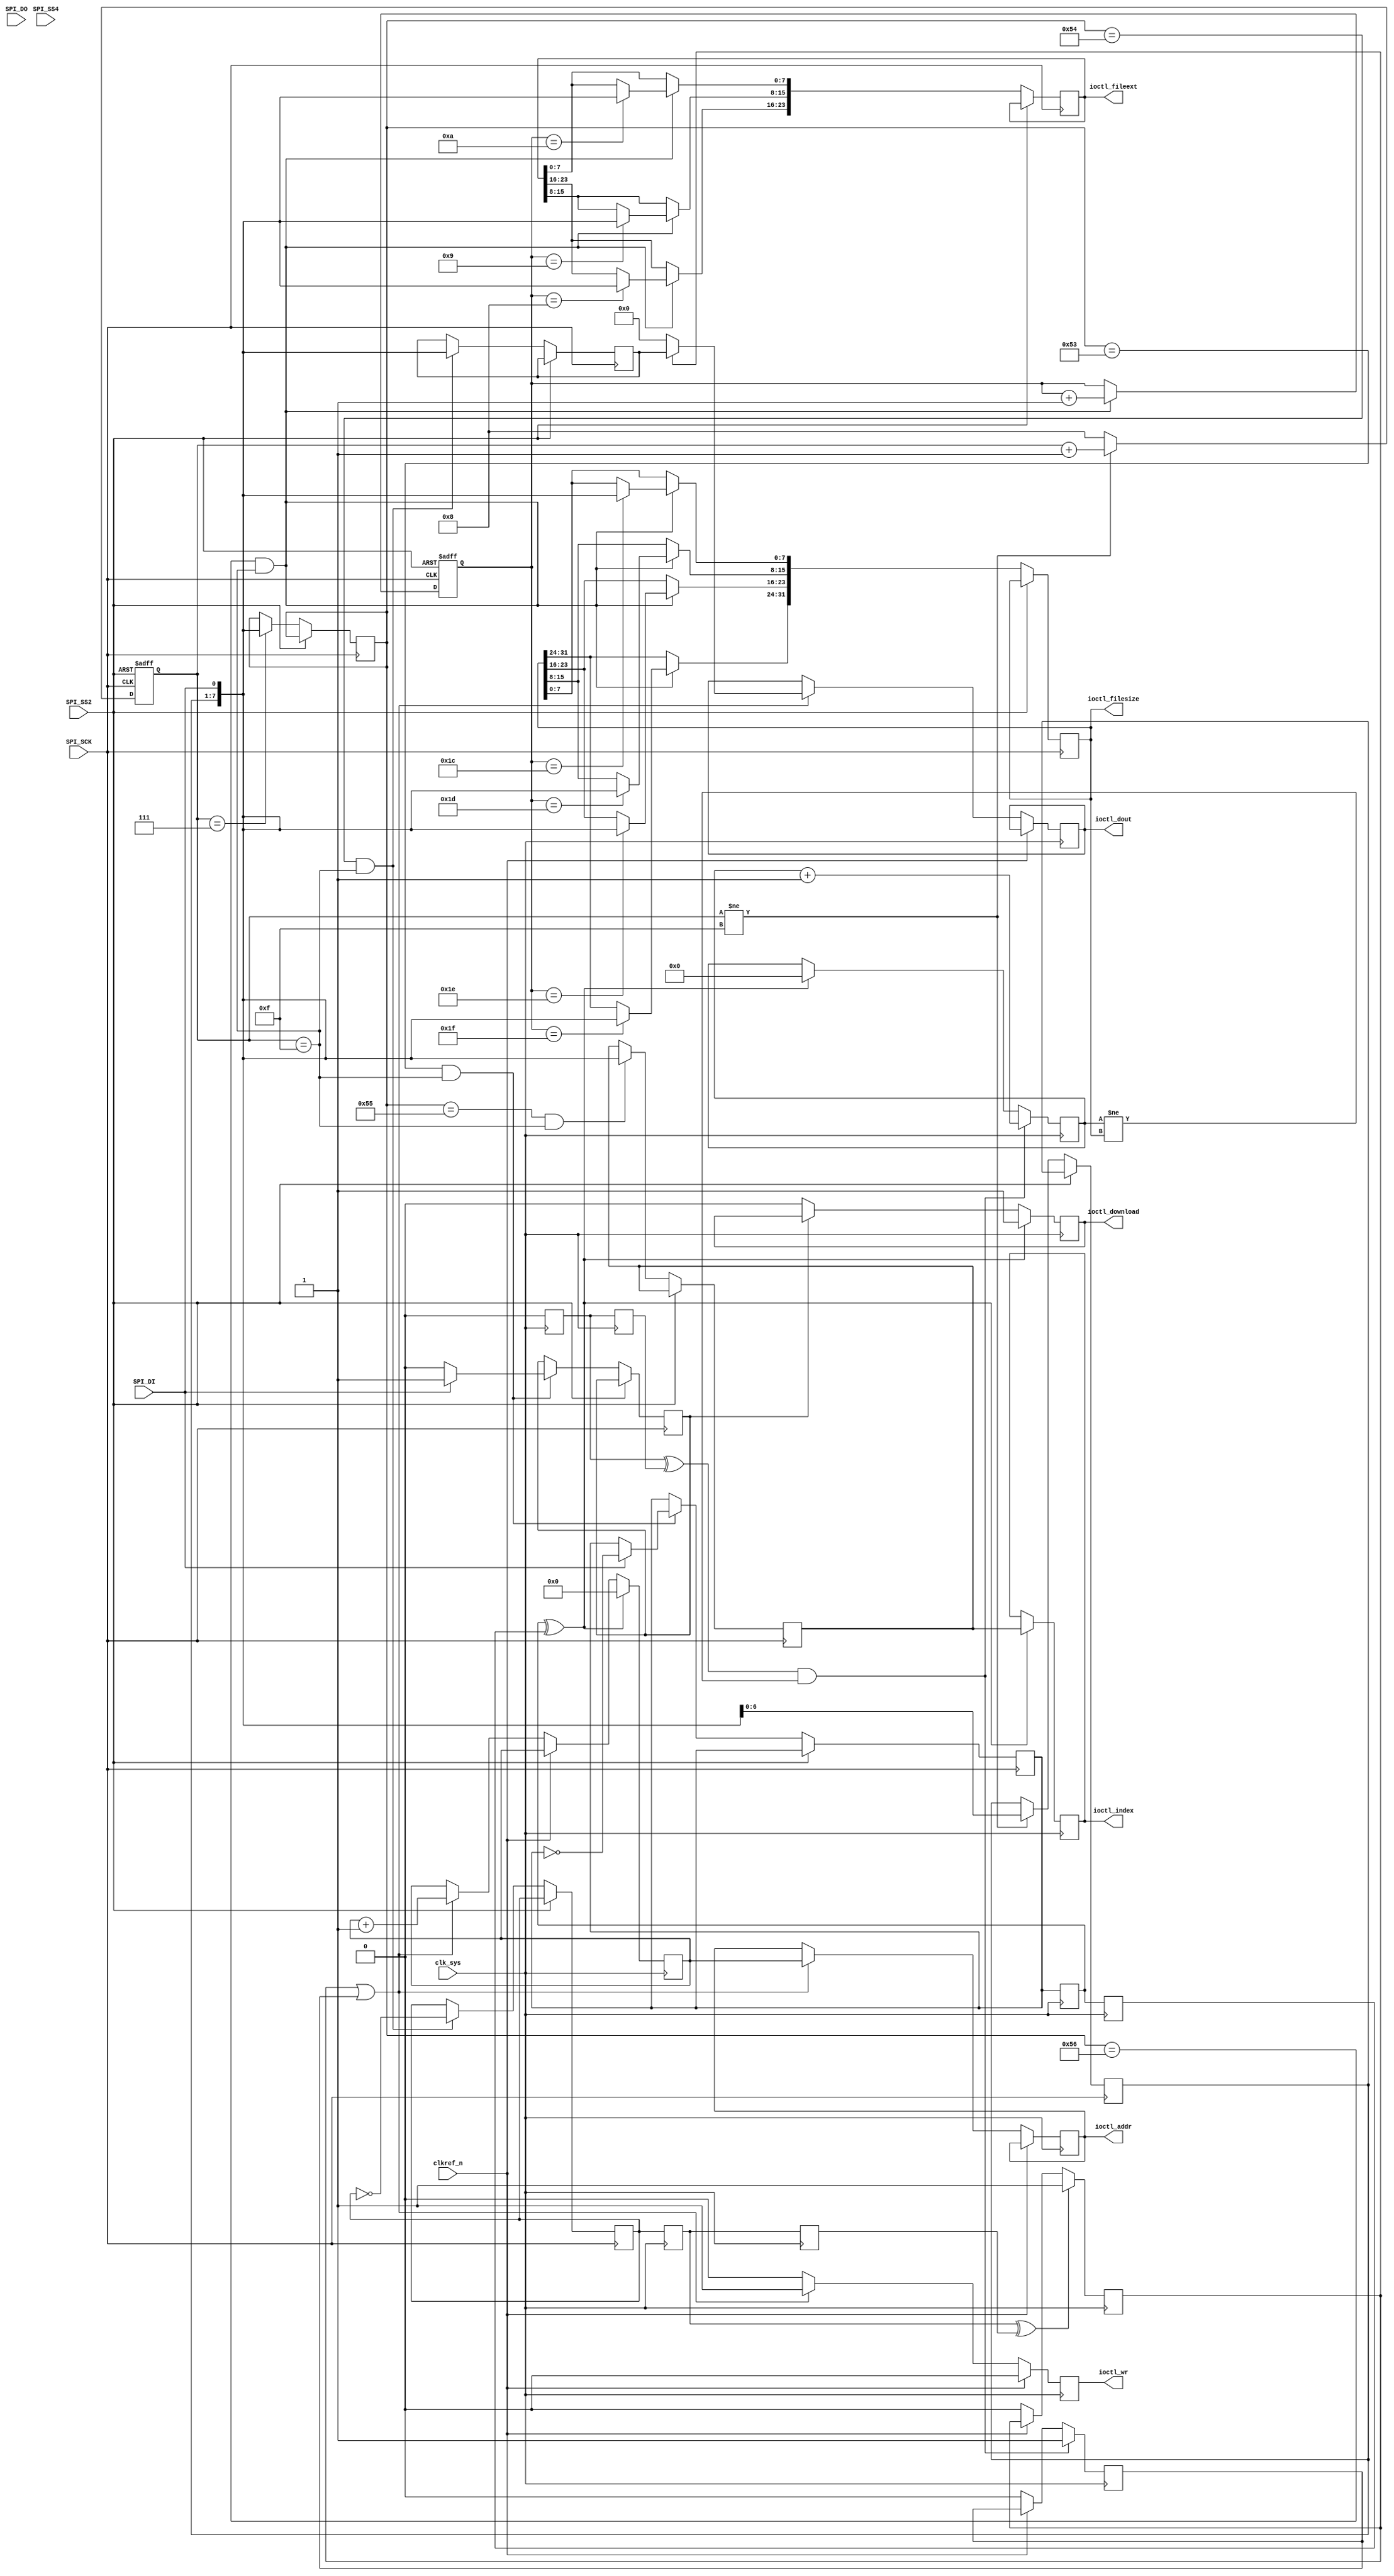
/*
  
   Multicore 2 / Multicore 2+
  
   Copyright (c) 2017-2020 - Victor Trucco

  
   All rights reserved
  
   Redistribution and use in source and synthezised forms, with or without
   modification, are permitted provided that the following conditions are met:
  
   Redistributions of source code must retain the above copyright notice,
   this list of conditions and the following disclaimer.
  
   Redistributions in synthesized form must reproduce the above copyright
   notice, this list of conditions and the following disclaimer in the
   documentation and/or other materials provided with the distribution.
  
   Neither the name of the author nor the names of other contributors may
   be used to endorse or promote products derived from this software without
   specific prior written permission.
  
   THIS CODE IS PROVIDED BY THE COPYRIGHT HOLDERS AND CONTRIBUTORS "AS IS"
   AND ANY EXPRESS OR IMPLIED WARRANTIES, INCLUDING, BUT NOT LIMITED TO,
   THE IMPLIED WARRANTIES OF MERCHANTABILITY AND FITNESS FOR A PARTICULAR
   PURPOSE ARE DISCLAIMED. IN NO EVENT SHALL THE AUTHOR OR CONTRIBUTORS BE
   LIABLE FOR ANY DIRECT, INDIRECT, INCIDENTAL, SPECIAL, EXEMPLARY, OR
   CONSEQUENTIAL DAMAGES (INCLUDING, BUT NOT LIMITED TO, PROCUREMENT OF
   SUBSTITUTE GOODS OR SERVICES; LOSS OF USE, DATA, OR PROFITS; OR BUSINESS
   INTERRUPTION) HOWEVER CAUSED AND ON ANY THEORY OF LIABILITY, WHETHER IN
   CONTRACT, STRICT LIABILITY, OR TORT (INCLUDING NEGLIGENCE OR OTHERWISE)
   ARISING IN ANY WAY OUT OF THE USE OF THIS SOFTWARE, EVEN IF ADVISED OF THE
   POSSIBILITY OF SUCH DAMAGE.
  
   You are responsible for any legal issues arising from your use of this code.
  
*///
// data_io.v
//
// data_io for the MiST board
// http://code.google.com/p/mist-board/
//
// Copyright (c) 2014 Till Harbaum <till@harbaum.org>
//
// This source file is free software: you can redistribute it and/or modify
// it under the terms of the GNU General Public License as published
// by the Free Software Foundation, either version 3 of the License, or
// (at your option) any later version.
//
// This source file is distributed in the hope that it will be useful,
// but WITHOUT ANY WARRANTY; without even the implied warranty of
// MERCHANTABILITY or FITNESS FOR A PARTICULAR PURPOSE.  See the
// GNU General Public License for more details.
//
// You should have received a copy of the GNU General Public License
// along with this program.  If not, see <http://www.gnu.org/licenses/>.
//
///////////////////////////////////////////////////////////////////////

module data_io
(
	input             clk_sys,
	input             SPI_SCK,
	input             SPI_SS2,
	input             SPI_SS4,
	input             SPI_DI,
	input             SPI_DO, // yes, SPI_DO is input when SS4 active

	input             clkref_n, // assert ioctl_wr one cycle after clkref stobe (negative active)

	// ARM -> FPGA download
	output reg        ioctl_download = 0, // signal indicating an active download
	output reg  [7:0] ioctl_index,        // menu index used to upload the file ([7:6] - extension index, [5:0] - menu index)
	output reg        ioctl_wr,           // strobe indicating ioctl_dout valid
	output reg [24:0] ioctl_addr,
	output reg  [7:0] ioctl_dout,
	output reg [23:0] ioctl_fileext,      // file extension
	output reg [31:0] ioctl_filesize      // file size
);

parameter START_ADDR = 25'd0;
parameter ROM_DIRECT_UPLOAD = 0;

///////////////////////////////   DOWNLOADING   ///////////////////////////////

reg  [7:0] data_w;
reg  [7:0] data_w2  = 0;
reg        rclk   = 0;
reg        rclk2  = 0;
reg        addr_reset = 0;
reg        downloading_reg = 0;
reg  [7:0] index_reg = 0;

localparam DIO_FILE_TX      = 8'h53;
localparam DIO_FILE_TX_DAT  = 8'h54;
localparam DIO_FILE_INDEX   = 8'h55;
localparam DIO_FILE_INFO    = 8'h56;

// data_io has its own SPI interface to the io controller
always@(posedge SPI_SCK, posedge SPI_SS2) begin : SPI_RECEIVER
	reg  [6:0] sbuf;
	reg  [7:0] cmd;
	reg  [3:0] cnt;
	reg  [5:0] bytecnt;
	reg [24:0] addr;

	if(SPI_SS2) begin
		bytecnt <= 0;
		cnt <= 0;
	end	else begin
		// don't shift in last bit. It is evaluated directly
		// when writing to ram
		if(cnt != 15) sbuf <= { sbuf[5:0], SPI_DI};

		// count 0-7 8-15 8-15 ...
		if(cnt != 15) cnt <= cnt + 1'd1;
			else cnt <= 8;

		// finished command byte
		if(cnt == 7) cmd <= {sbuf, SPI_DI};

		// prepare/end transmission
		if((cmd == DIO_FILE_TX) && (cnt == 15)) begin
			// prepare
			if(SPI_DI) begin
				addr_reset <= ~addr_reset;
				downloading_reg <= 1;
			end else begin
				downloading_reg <= 0;
			end
		end

		// command 0x54: UIO_FILE_TX
		if((cmd == DIO_FILE_TX_DAT) && (cnt == 15)) begin
			data_w <= {sbuf, SPI_DI};
			rclk <= ~rclk;
		end

		// expose file (menu) index
		if((cmd == DIO_FILE_INDEX) && (cnt == 15)) index_reg <= {sbuf, SPI_DI};

		// receiving FAT directory entry (mist-firmware/fat.h - DIRENTRY)
		if((cmd == DIO_FILE_INFO) && (cnt == 15)) begin
			bytecnt <= bytecnt + 1'd1;
			case (bytecnt)
				8'h08: ioctl_fileext[23:16]  <= {sbuf, SPI_DI};
				8'h09: ioctl_fileext[15: 8]  <= {sbuf, SPI_DI};
				8'h0A: ioctl_fileext[ 7: 0]  <= {sbuf, SPI_DI};
				8'h1C: ioctl_filesize[ 7: 0] <= {sbuf, SPI_DI};
				8'h1D: ioctl_filesize[15: 8] <= {sbuf, SPI_DI};
				8'h1E: ioctl_filesize[23:16] <= {sbuf, SPI_DI};
				8'h1F: ioctl_filesize[31:24] <= {sbuf, SPI_DI};
			endcase
		end
	end
end

// direct SD Card->FPGA transfer
generate if (ROM_DIRECT_UPLOAD == 1) begin

always@(posedge SPI_SCK, posedge SPI_SS4) begin : SPI_DIRECT_RECEIVER
	reg  [6:0] sbuf2;
	reg  [2:0] cnt2;
	reg  [9:0] bytecnt;

	if(SPI_SS4) begin
		cnt2 <= 0;
		bytecnt <= 0;
	end else begin
		// don't shift in last bit. It is evaluated directly
		// when writing to ram
		if(cnt2 != 7)
			sbuf2 <= { sbuf2[5:0], SPI_DO };

		cnt2 <= cnt2 + 1'd1;

		// received a byte
		if(cnt2 == 7) begin
			bytecnt <= bytecnt + 1'd1;
			// read 514 byte/sector (512 + 2 CRC)
			if (bytecnt == 513) bytecnt <= 0;
			// don't send the CRC bytes
			if (~bytecnt[9]) begin
				data_w2 <= {sbuf2, SPI_DO};
				rclk2 <= ~rclk2;
			end
		end
	end
end

end
endgenerate

always@(posedge clk_sys) begin : DATA_OUT
	// bring flags from spi clock domain into core clock domain
	reg rclkD, rclkD2;
	reg rclk2D, rclk2D2;
	reg addr_resetD, addr_resetD2;
	reg wr_int, wr_int_direct;
	reg [24:0] addr;
	reg [31:0] filepos;

	{ rclkD, rclkD2 } <= { rclk, rclkD };
	{ rclk2D ,rclk2D2 } <= { rclk2, rclk2D };
	{ addr_resetD, addr_resetD2 } <= { addr_reset, addr_resetD };

	ioctl_wr <= 0;

	if (!downloading_reg) ioctl_download <= 0;

	if (~clkref_n) begin
		wr_int <= 0;
		wr_int_direct <= 0;
		if (wr_int || wr_int_direct) begin
			ioctl_dout <= wr_int ? data_w : data_w2;
			ioctl_wr <= 1;
			addr <= addr + 1'd1;
			ioctl_addr <= addr;
		end
	end

	// detect transfer start from the SPI receiver
	if(addr_resetD ^ addr_resetD2) begin
		addr <= START_ADDR;
		filepos <= 0;
		ioctl_index <= index_reg;
		ioctl_download <= 1;
	end

	// detect new byte from the SPI receiver
	if (rclkD ^ rclkD2)   wr_int <= 1;
	if (rclk2D ^ rclk2D2 && filepos != ioctl_filesize) begin
		filepos <= filepos + 1'd1;
		wr_int_direct <= 1;
	end
end

endmodule